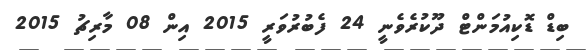
ބިޑް ޑޮކިއުމަންޓް ދޫކުރެވެނީ 24 ފެބުރުވަރީ 2015 އިން 08 މާރިޗު 2015